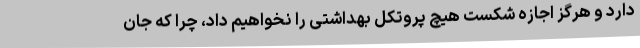
دارد و هرگز اجازه شکست هیچ پروتکل بهداشتی را نخواهیم داد، چرا که جان